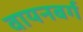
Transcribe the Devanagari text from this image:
वायनबर्ग